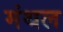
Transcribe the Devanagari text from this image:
मंथल